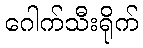
ဂေါက်သီးရိုက်